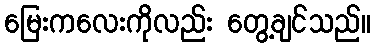
မြေးကလေးကိုလည်း တွေ့ချင်သည်။